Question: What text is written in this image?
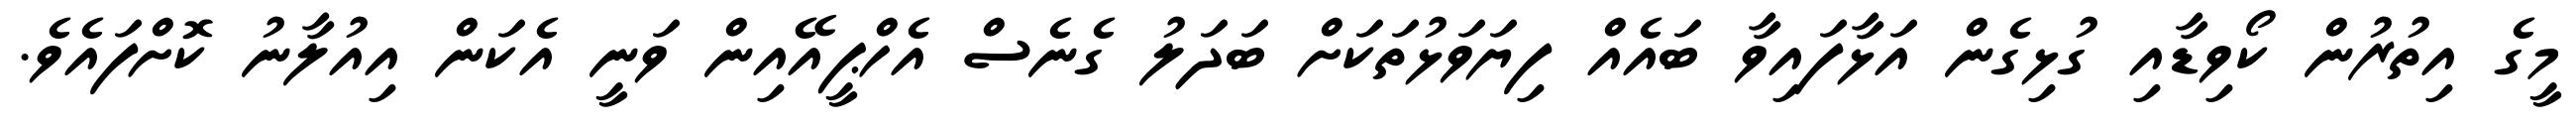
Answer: މީގެ އިތުރުން ކޯވިޑާއި ގުޅިގެން އަޅާފައިވާ ބައެއް ފިޔަވަޅުތަކަށް ބަދަލު ގެނެސް އެހްޕީއޭއިން ވަނީ އެކަން އިއުލާނު ކޮށްފައެވެ.